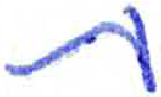
אות: ת